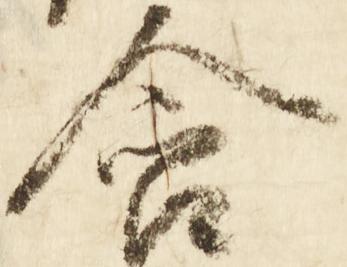
含